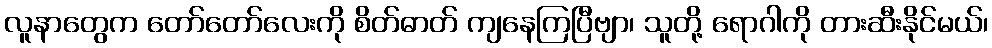
လူနာတွေက တော်တော်လေးကို စိတ်ဓာတ် ကျနေကြပြီဗျာ၊ သူတို့ ရောဂါကို တားဆီးနိုင်မယ်၊